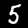
Label: 5